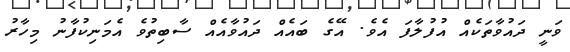
ވަނީ ދައުވާތަކެއް އުފުލާފަ އެވެ. އޭގެ ބައެެއް ދައުވާއެއް ސާބިތުވެ އެމަނިކުފާނު މިހާރު